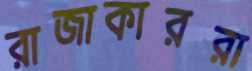
রাজাকাররা